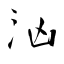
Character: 汹